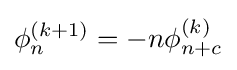
\phi _{n}^{(k+1)}=-n\phi _{n+c}^{(k)}